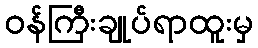
ဝန်ကြီးချုပ်ရာထူးမှ